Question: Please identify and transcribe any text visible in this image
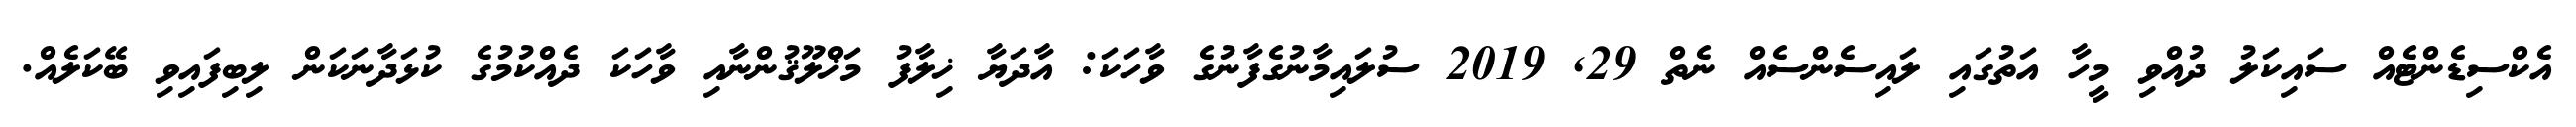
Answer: އެކްސިޑެންޓެއް ސައިކަލު ދުއްވި މީހާ އަތުގައި ލައިސެންސެއް ނެތް 29, 2019 ސުލައިމާނުގެފާނުގެ ވާހަކަ: އާދަޔާ ޚިލާފު މަޚްލޫޤުންނާއި ވާހަކަ ދެއްކުމުގެ ކުޅަދާނަކަން ލިބިފައިވި ބޭކަލެއް.